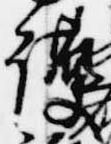
護